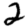
Digit: 2